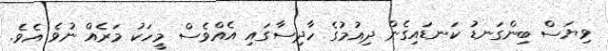
ވިޔަސް ބިންގަނޑު ކަނޑައިގެން ދިއުމުގެ ހާދިސާގައި އެއްވެސް މީހަކު މަރެއް ނުވެ އެވެ.